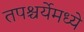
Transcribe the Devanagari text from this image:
तपश्चर्येमध्ये